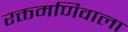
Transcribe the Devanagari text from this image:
रक्तमणिवाला